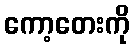
ကော့တေးကို